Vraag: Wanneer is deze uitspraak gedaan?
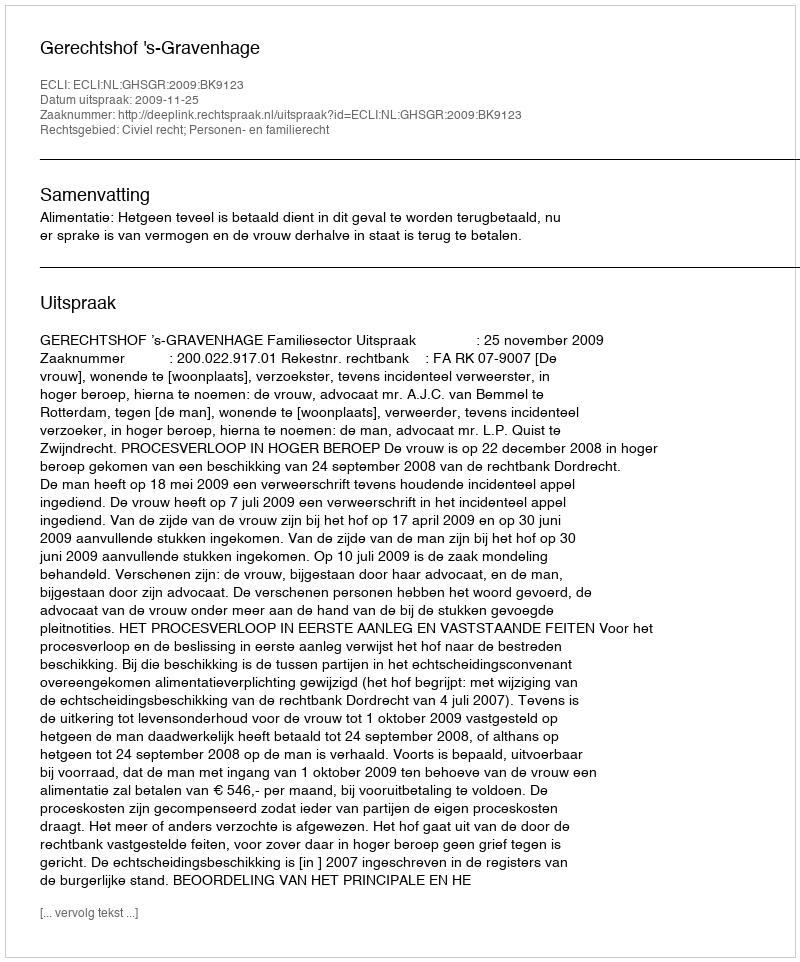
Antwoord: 2009-11-25